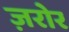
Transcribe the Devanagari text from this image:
ज़रोर